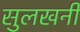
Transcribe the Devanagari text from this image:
सुलखनी